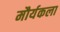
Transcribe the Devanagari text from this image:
मौर्यकला